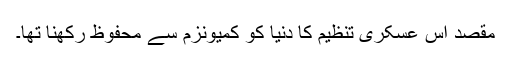
مقصد اس عسکری تنظیم کا دنیا کو کمیونزم سے محفوظ رکھنا تھا۔